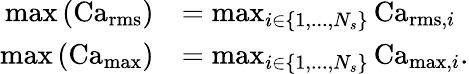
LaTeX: \begin{array}{rl}{\operatorname*{max}\left(\operatorname{Ca}_{\operatorname{rms}}\right)}&{=\operatorname*{max}_{i\in\{ 1,...,N_{s}\} }\operatorname{Ca}_{\operatorname{rms},i}}\\ {\operatorname*{max}\left(\operatorname{Ca}_{\operatorname*{max}}\right)}&{=\operatorname*{max}_{i\in\{ 1,...,N_{s}\} }\operatorname{Ca}_{\operatorname*{max},i}.}\end{array}